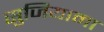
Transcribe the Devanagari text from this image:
सुजियामा